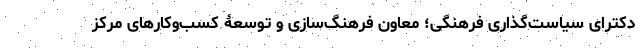
دکترای سیاست‌گذاری فرهنگی؛ معاون فرهنگ‌سازی و توسعۀ کسب‌وکارهای مرکز